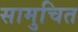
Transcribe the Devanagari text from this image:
सामुचित